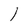
Character: l